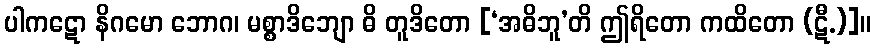
ပါကဋော နိဂမော ဘောဂ၊ မစ္စာဒိဘျော ဓိ တူဒိတော [‘အဓိဘူ’တိ ဤရိတော ကထိတော (ဋီ.)]။